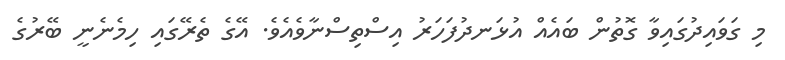
މި ގަވައިދުގައިވާ ގޮތުން ބައެއް އުޅަނދުފަހަރު އިސްތިސްނާވެއެވެ. އޭގެ ތެރޭގައި ހިމެނެނީ ބޭރުގެ